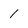
Character: 1